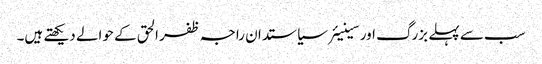
سب سے پہلے بزرگ اور سینیئرسیاستدان راجہ ظفر الحق کے حوالے دیکھتے ہیں۔